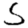
Digit: 5